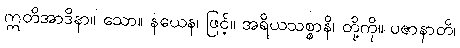
ဣတိအာဒိနာ။ သော။ နယေန၊ ဖြင့်။ အရိယသစ္စာနိ၊ တို့ကို။ ပဇာနာတိ၊